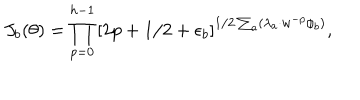
J _ { b } ( \theta ) = \prod _ { p = 0 } ^ { h - 1 } \left[ 2 p + 1 / 2 + \epsilon _ { b } \right] ^ { 1 / 2 \sum _ { a } ( \lambda _ { a } \cdot w ^ { - p } \phi _ { b } ) } ,